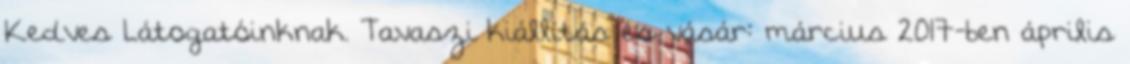
Kedves Látogatóinknak. Tavaszi kiállítás és vásár: március 2017-ben április